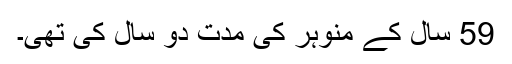
59 سال کے منوہر کی مدت دو سال کی تھی۔